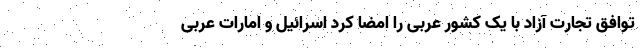
توافق تجارت آزاد با یک کشور عربی را امضا کرد اسرائیل و امارات عربی